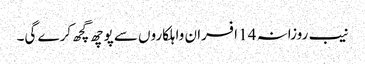
نیب روزانہ 14 افسران واہلکاروں سے پوچھ گچھ کرے گی۔